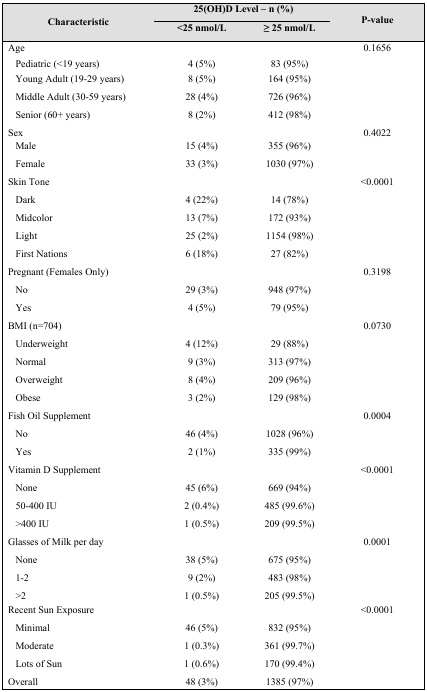
<table><thead><tr><td rowspan="2"><b>Characteristic</b></td><td colspan="2"><b>25(OH)D Level – n (%)</b></td><td rowspan="2"><b>P-value</b></td></tr><tr><td><b>&lt;25 nmol/L</b></td><td><b>≥ 25 nmol/L</b></td></tr></thead><tbody><tr><td>Age</td><td></td><td></td><td>0.1656</td></tr><tr><td>Pediatric (&lt;19 years)</td><td>4 (5%)</td><td>83 (95%)</td><td></td></tr><tr><td>Young Adult (19–29 years)</td><td>8 (5%)</td><td>164 (95%)</td><td></td></tr><tr><td>Middle Adult (30–59 years)</td><td>28 (4%)</td><td>726 (96%)</td><td></td></tr><tr><td>Senior (60+ years)</td><td>8 (2%)</td><td>412 (98%)</td><td></td></tr><tr><td>Sex</td><td></td><td></td><td>0.4022</td></tr><tr><td>Male</td><td>15 (4%)</td><td>355 (96%)</td><td></td></tr><tr><td>Female</td><td>33 (3%)</td><td>1030 (97%)</td><td></td></tr><tr><td>Skin Tone</td><td></td><td></td><td>&lt;0.0001</td></tr><tr><td>Dark</td><td>4 (22%)</td><td>14 (78%)</td><td></td></tr><tr><td>Midcolor</td><td>13 (7%)</td><td>172 (93%)</td><td></td></tr><tr><td>Light</td><td>25 (2%)</td><td>1154 (98%)</td><td></td></tr><tr><td>First Nations</td><td>6 (18%)</td><td>27 (82%)</td><td></td></tr><tr><td>Pregnant (Females Only)</td><td></td><td></td><td>0.3198</td></tr><tr><td>No</td><td>29 (3%)</td><td>948 (97%)</td><td></td></tr><tr><td>Yes</td><td>4 (5%)</td><td>79 (95%)</td><td></td></tr><tr><td>BMI (n=704)</td><td></td><td></td><td>0.0730</td></tr><tr><td>Underweight</td><td>4 (12%)</td><td>29 (88%)</td><td></td></tr><tr><td>Normal</td><td>9 (3%)</td><td>313 (97%)</td><td></td></tr><tr><td>Overweight</td><td>8 (4%)</td><td>209 (96%)</td><td></td></tr><tr><td>Obese</td><td>3 (2%)</td><td>129 (98%)</td><td></td></tr><tr><td>Fish Oil Supplement</td><td></td><td></td><td>0.0004</td></tr><tr><td>No</td><td>46 (4%)</td><td>1028 (96%)</td><td></td></tr><tr><td>Yes</td><td>2 (1%)</td><td>335 (99%)</td><td></td></tr><tr><td>Vitamin D Supplement</td><td></td><td></td><td>&lt;0.0001</td></tr><tr><td>None</td><td>45 (6%)</td><td>669 (94%)</td><td></td></tr><tr><td>50–400 IU</td><td>2 (0.4%)</td><td>485 (99.6%)</td><td></td></tr><tr><td>&gt;400 IU</td><td>1 (0.5%)</td><td>209 (99.5%)</td><td></td></tr><tr><td>Glasses of Milk per day</td><td></td><td></td><td>0.0001</td></tr><tr><td>None</td><td>38 (5%)</td><td>675 (95%)</td><td></td></tr><tr><td>1–2</td><td>9 (2%)</td><td>483 (98%)</td><td></td></tr><tr><td>&gt;2</td><td>1 (0.5%)</td><td>205 (99.5%)</td><td></td></tr><tr><td>Recent Sun Exposure</td><td></td><td></td><td>&lt;0.0001</td></tr><tr><td>Minimal</td><td>46 (5%)</td><td>832 (95%)</td><td></td></tr><tr><td>Moderate</td><td>1 (0.3%)</td><td>361 (99.7%)</td><td></td></tr><tr><td>Lots of Sun</td><td>1 (0.6%)</td><td>170 (99.4%)</td><td></td></tr><tr><td>Overall</td><td>48 (3%)</td><td>1385 (97%)</td><td></td></tr></tbody></table>